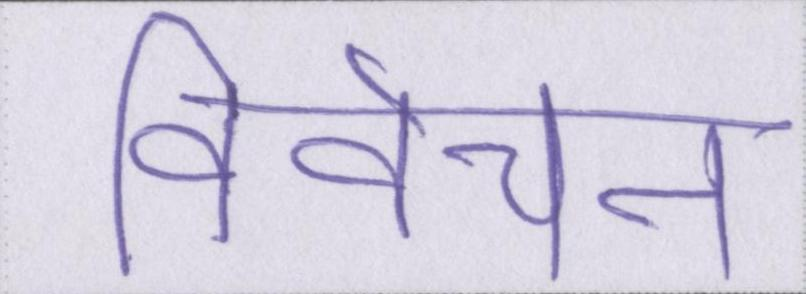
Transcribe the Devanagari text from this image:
विवेचन